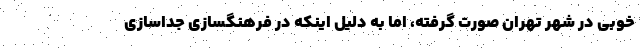
خوبی در شهر تهران صورت گرفته، اما به دلیل اینکه در فرهنگسازی جداسازی